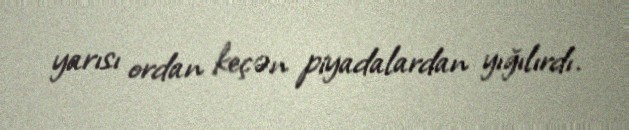
yarısı ordan keçən piyadalardan yığılırdı.